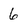
Character: 6